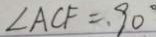
\angle A C F = 9 0 ^ { \circ }